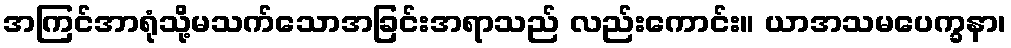
အကြင်အာရုံသို့မသက်သောအခြင်းအရာသည် လည်းကောင်း။ ယာအသမပေက္ခနာ၊